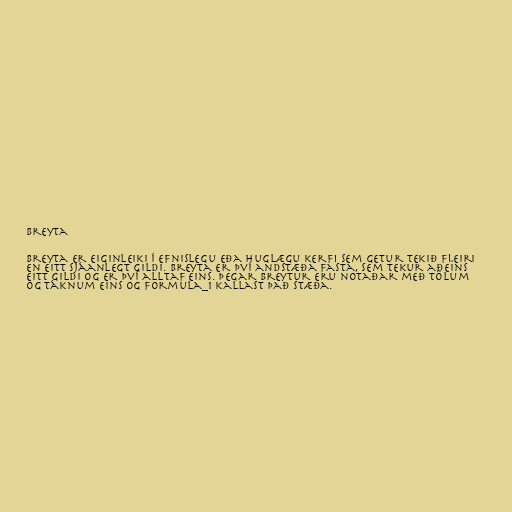
Breyta

Breyta er eiginleiki í efnislegu eða huglægu kerfi sem getur tekið fleiri
en eitt sjáanlegt gildi. Breyta er því andstæða fasta, sem tekur aðeins
eitt gildi og er því alltaf eins. Þegar breytur eru notaðar með tölum
og táknum eins og formula_1 kallast það stæða.